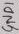
Text: GND1